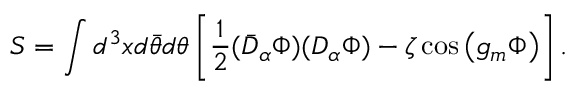
S = \int d ^ { 3 } x d \bar { \theta } d \theta \left[ \frac 1 2 ( \bar { D } _ { \alpha } \Phi ) ( D _ { \alpha } \Phi ) - \zeta \cos \left( g _ { m } \Phi \right) \right] .